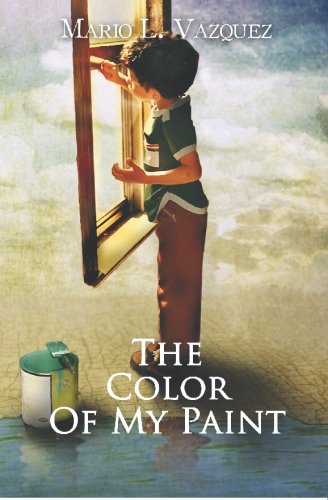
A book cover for The Color of My Paint; Mario L. Vazquez; Teen & Young Adult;